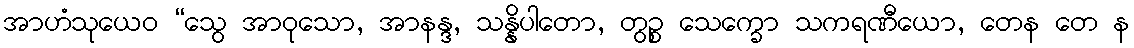
အာဟံသုယေဝ “သွေ အာဝုသော, အာနန္ဒ, သန္နိပါတော, တွဉ္စ သေက္ခော သကရဏီယော, တေန တေ န